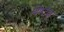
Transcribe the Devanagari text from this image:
विण्टेज